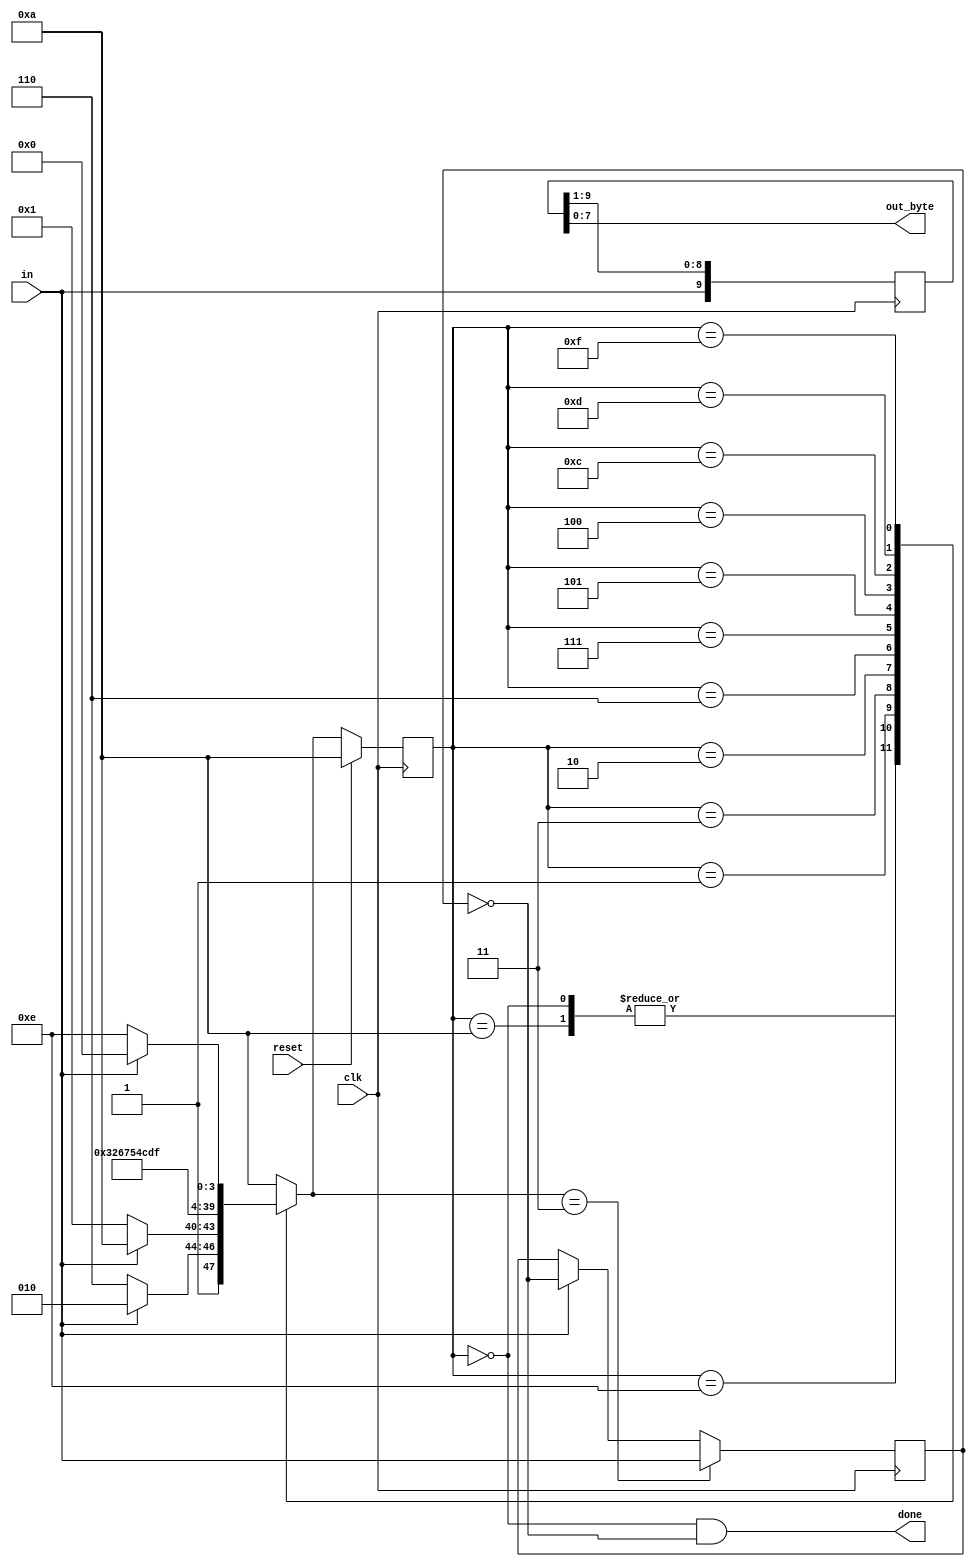
module top_module (
    input        clk,
    input        in,
    input        reset,     // Synchronous reset
    output [7:0] out_byte,
    output       done
);  //

    // Use FSM from Fsm_serial
    parameter reg [3:0] STOP = 4'b0000;
    parameter reg [3:0] START = 4'b0001;
    parameter reg [3:0] DATA0 = 4'b0011;
    parameter reg [3:0] DATA1 = 4'b0010;
    parameter reg [3:0] DATA2 = 4'b0110;
    parameter reg [3:0] DATA3 = 4'b0111;
    parameter reg [3:0] DATA4 = 4'b0101;
    parameter reg [3:0] DATA5 = 4'b0100;
    parameter reg [3:0] DATA6 = 4'b1100;
    parameter reg [3:0] DATA7 = 4'b1101;
    parameter reg [3:0] PARITY = 4'b1111;
    parameter reg [3:0] ERROR = 4'b1110;
    parameter reg [3:0] IDLE = 4'b1010;

    reg [3:0] state, next_state;
    reg odd;
    always @(*) begin
        case (state)
            STOP:    next_state = (in == 1'b1) ? IDLE : START;
            ERROR:   next_state = (in == 1'b1) ? IDLE : ERROR;
            IDLE:    next_state = (in == 1'b1) ? IDLE : START;
            START:   next_state = DATA0;
            DATA0:   next_state = DATA1;
            DATA1:   next_state = DATA2;
            DATA2:   next_state = DATA3;
            DATA3:   next_state = DATA4;
            DATA4:   next_state = DATA5;
            DATA5:   next_state = DATA6;
            DATA6:   next_state = DATA7;
            DATA7:   next_state = PARITY;
            PARITY:  next_state = (in == 1'b1) ? STOP : ERROR;
            default: next_state = IDLE;
        endcase
    end
    always @(posedge clk) begin
        if (reset == 1'b1) begin
            state <= IDLE;
        end else begin
            state <= next_state;
        end
    end
    always @(posedge clk) begin
        if (next_state == DATA0) begin
            odd <= in;
        end else begin
            if (in == 1'b1) odd <= ~odd;
        end
    end
    assign done = (state == STOP && odd == 1'b0);


    // New: Datapath to latch input bits.
    /* LSB  */
    reg [9:0] data;
    always @(posedge clk) begin
        data[9:0] <= {in, data[9:1]};
    end
    assign out_byte = data[7:0];
    // assign out_byte = {state, 3'b000, odd};
    // New: Add parity checking.

endmodule